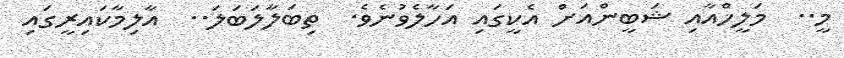
މީ..  މަލީހްއާއި ޝަބީންއަށް އެކީގައި އަހާލެވުނެވެ.  ތިބަލާލަބަލަ..  އާލިމާކައިރީގައި